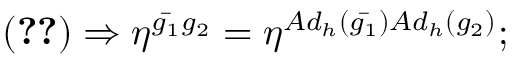
( \ref { m e t r i c } ) \Rightarrow \eta ^ { { \bar { g _ { 1 } } } g _ { 2 } } = \eta ^ { A d _ { h } ( { \bar { g _ { 1 } } } ) A d _ { h } ( g _ { 2 } ) } ;